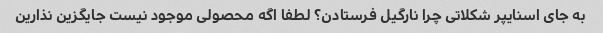
به جای اسنایپر شکلاتی چرا نارگیل فرستادن؟ لطفا اگه محصولی موجود نیست جایگزین نذارین